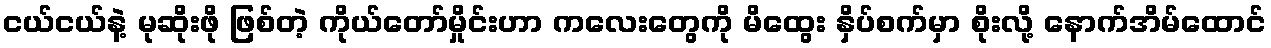
ငယ်ငယ်နဲ့ မုဆိုးဖို ဖြစ်တဲ့ ကိုယ်တော်မှိုင်းဟာ ကလေးတွေကို မိထွေး နှိပ်စက်မှာ စိုးလို့ နောက်အိမ်ထောင်